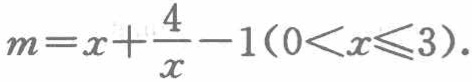
\(m=x+\frac{4}{x}-1(0<x\leqslant3)\)